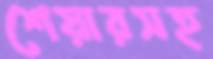
শেয়ারসহ